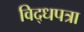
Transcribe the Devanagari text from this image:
विद्धपत्रा